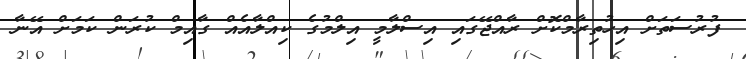
ފުރުސަތަށް އިހުތިރާމްކޮށް ރާއްޖޭގައި އިސްލާމީ އިލްމުގެ ކިއްލާއެއް ގާއިމް ކުރަން ކަމަށް އޭނާ